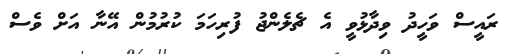
ރައީސް ވަހީދު ވިދާޅުވީ އެ ޗެލެންޖު ފުރިހަމަ ކުރުމުން އޭނާ އަށް ވެސް